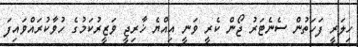
ހިލަރީ ފަހަތުން ސެނެޓަރު ޖޯން ކެރީ ވަނީ އިއްޔެ ޚާރިޖީ ވަޒީރުކަމުގެ ހުވާކުރައްވައިފަ